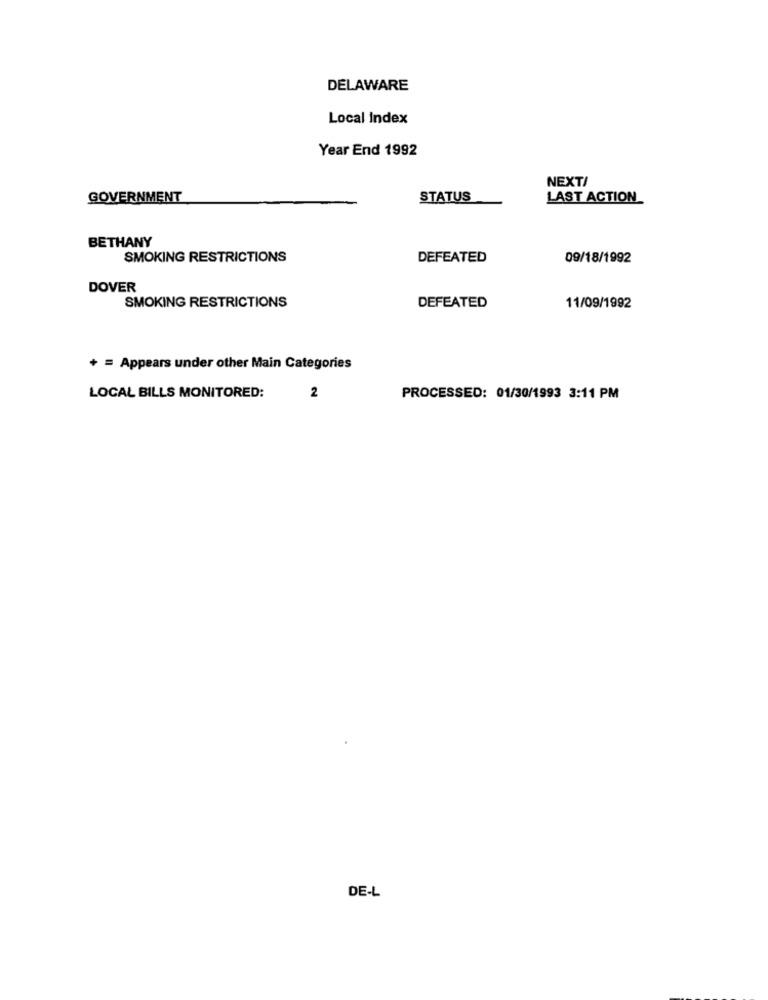
DELAWARE
Local Index
Year End 1992
NEXT/
GOVERNMENT
STATUS
LAST ACTION
BETHANY
SMOKING RESTRICTIONS
DEFEATED
09/18/1992
DOVER
SMOKING RESTRICTIONS
DEFEATED
11/09/1992
+ = Appears under other Main Categories
LOCAL BILLS MONITORED:
2
PROCESSED: 01/30/1993 3:11 PM
DE-L